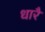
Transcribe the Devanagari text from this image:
धारै